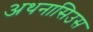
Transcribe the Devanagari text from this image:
अथनासिउस